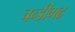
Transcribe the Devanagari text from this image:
चन्डीगढ